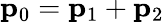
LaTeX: \mathbf{p}_{0}=\mathbf{p}_{1}+\mathbf{p}_{2}